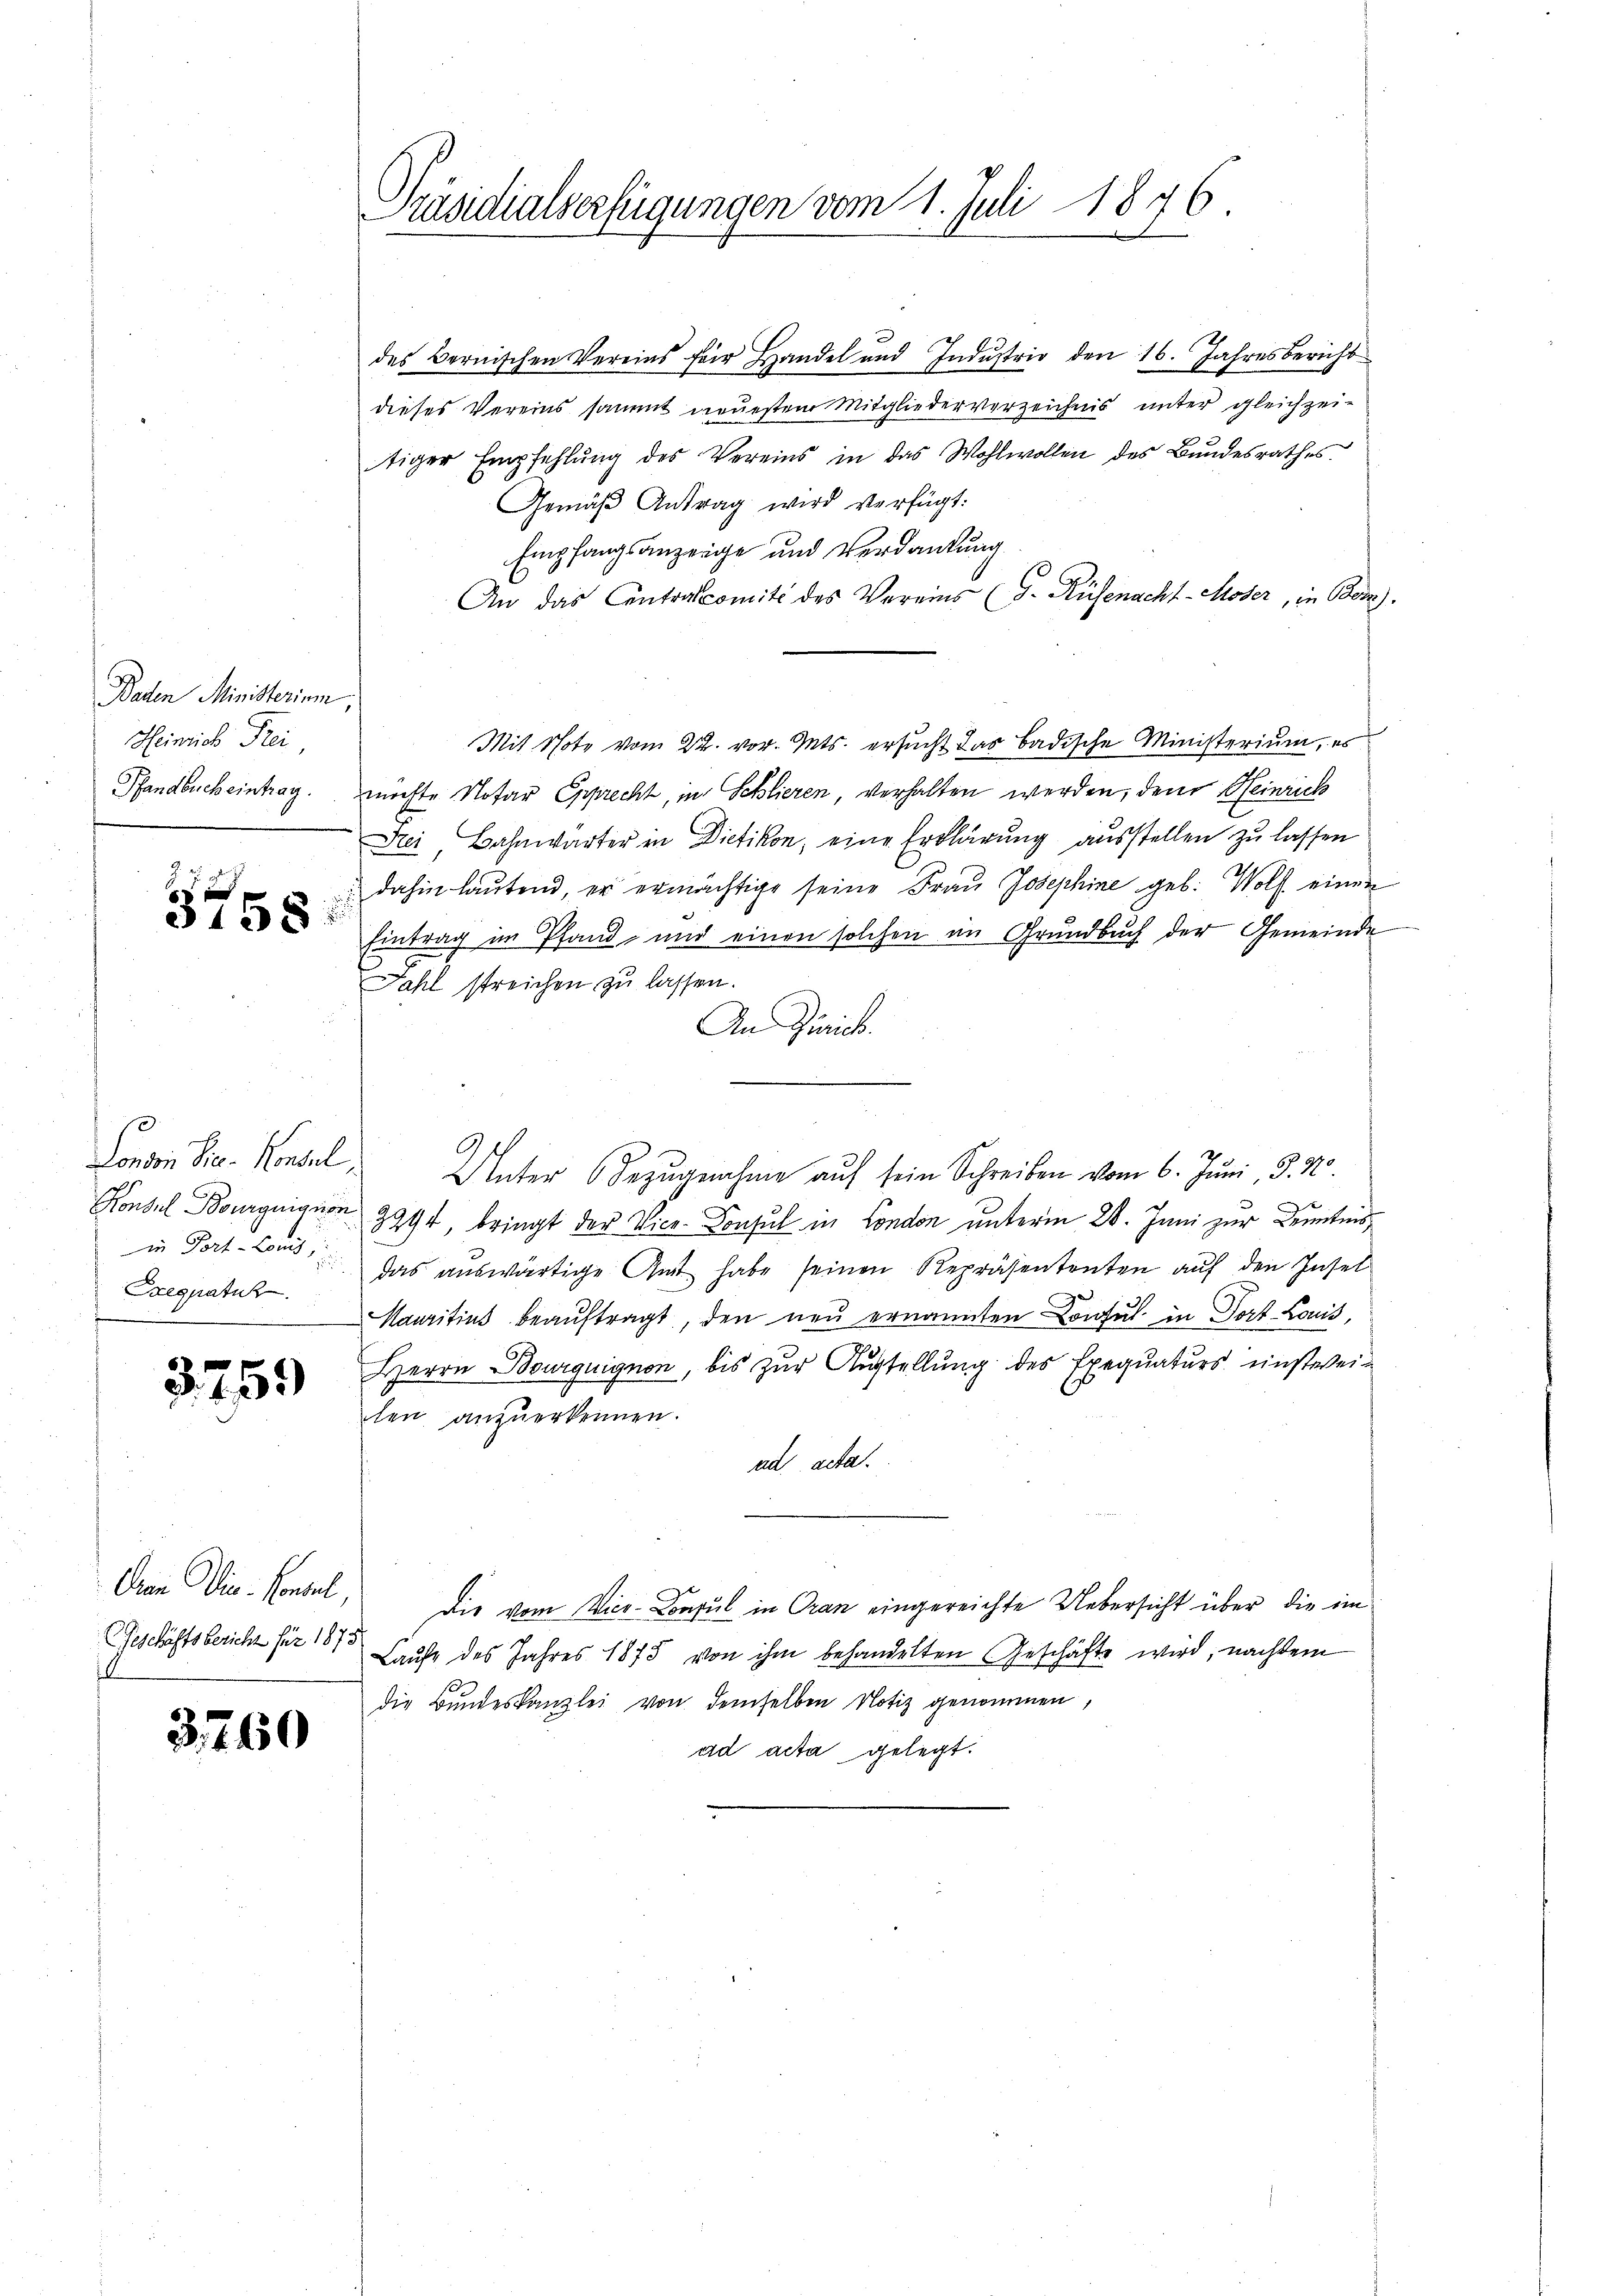
Baden Ministerium,
Heinrich Frei,
Pfandbucheintrag.
25

f
3158:

London Sr. Konsul
in Fort-Lonis,
Eregpatuch

3759

Geschäftsbericht für 1875

3,760

Präsidialserfügungen vom 1. Juli 1846.

des Bernischen Vereins für Handel und Industrie den 16. Jahresbericht
dieses Vereins sammt neuestem Mitgliederverzeichnis unter gleichzeitiger Empfehlung des Vereins in das Wohlwollen des Bundesrathes
Gemäβ Antrag wird verfügt:
Empfangsanzeige und Verdankung
An das Contralcomité des Vereins (G. Rüfenacht-Moser, in Botz
Mit Note vom 22. vor. Mts. ersucht das badische Ministerium, es
möchte Notar Epprecht, in Schlieren, verhalten werden, den Heinrich
Frei, Bahnwärter in Dietikon, eine Erklärung ausstellen zu lassen
dahin laŭtend, er ermächtige seine Frau Josephine geb. Wolf einen
Eintrag im Pfand, und einen solchen im Grundbuch der Gemeinde
Fahl streichen zu lassen.
An Zürich.
Unter Bezugnahme auf sein Schreiben vom 6. Juni, J. No.
Konsul Bourgniquon 3994, bringt der Vice-Konsul in London unterm 28. Juni zur Kenntnis,
das auswärtige Amt habe seinen Repräsententen auf den Insel
Maaritius beaŭftragt, den neu ernannten Consul in Dort Louis,
Herrn Bourquignon, bis zur Austellung des Exequaturs einstweilen anzuerkennen.
ad acta.
Dran Vice-Consul, die vom Vier-Consul in Gran eingereichte Uebersicht über die im
Laufe des Jahres 1875 von ihm behandelten Geschäfte wird, nachdem
die Bundeskanzlei von demselben Notiz genommen,
ad acta gelegt.